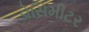
ડોસિમીટર